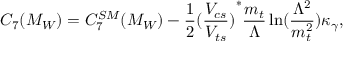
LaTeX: C _ { 7 } ( M _ { W } ) = C _ { 7 } ^ { S M } ( M _ { W } ) - \frac { 1 } { 2 } { ( \frac { V _ { c s } } { V _ { t s } } ) } ^ { * } \frac { m _ { t } } { \Lambda } \ln ( \frac { \Lambda ^ { 2 } } { m _ { t } ^ { 2 } } ) \kappa _ { \gamma } ,